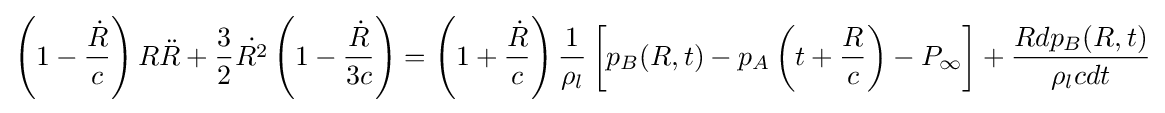
\left(1-{\frac {\dot {R}}{c}}\right)R{\ddot {R}}+{\frac {3}{2}}{\dot {R^{2}}}\left(1-{\frac {\dot {R}}{3c}}\right)=\left(1+{\frac {\dot {R}}{c}}\right){\frac {1}{\rho _{l}}}\left[p_{B}(R,t)-p_{A}\left(t+{\frac {R}{c}}\right)-P_{\infty }\right]+{\frac {Rdp_{B}(R,t)}{\rho _{l}cdt}}